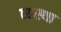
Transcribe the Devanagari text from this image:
व्‍यस्‍था